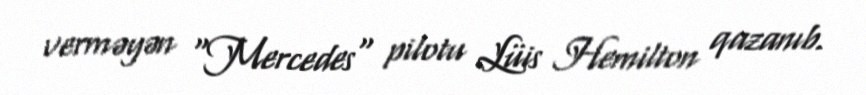
verməyən "Mercedes" pilotu Lüis Hemilton qazanıb.